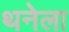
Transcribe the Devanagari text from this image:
थनेला